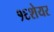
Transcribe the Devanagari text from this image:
१६शेयर